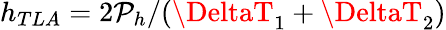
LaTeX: h_{TLA}=2\mathcal{P}_{h}/(\DeltaT_{1}+\DeltaT_{2})